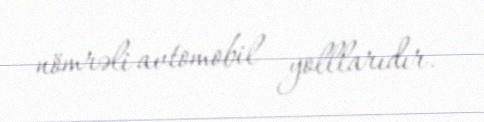
nömrəli avtomobil yolllarıdır.